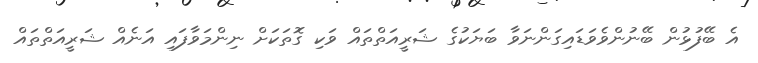
އެ ބޭފުޅުން ބޭނުންވެވަޑައިގަންނަވާ ބަޔަކުގެ ޝަރީއަތްތައް ވަކި ގޮތަކަށް ނިންމަވާފައި އަނެއް ޝަރީއަތްތައް